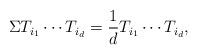
LaTeX: \begin{align*}\Sigma T_{i_1}\cdots T_{i_d} = \frac{1}{d} T_{i_1}\cdots T_{i_d},\end{align*}